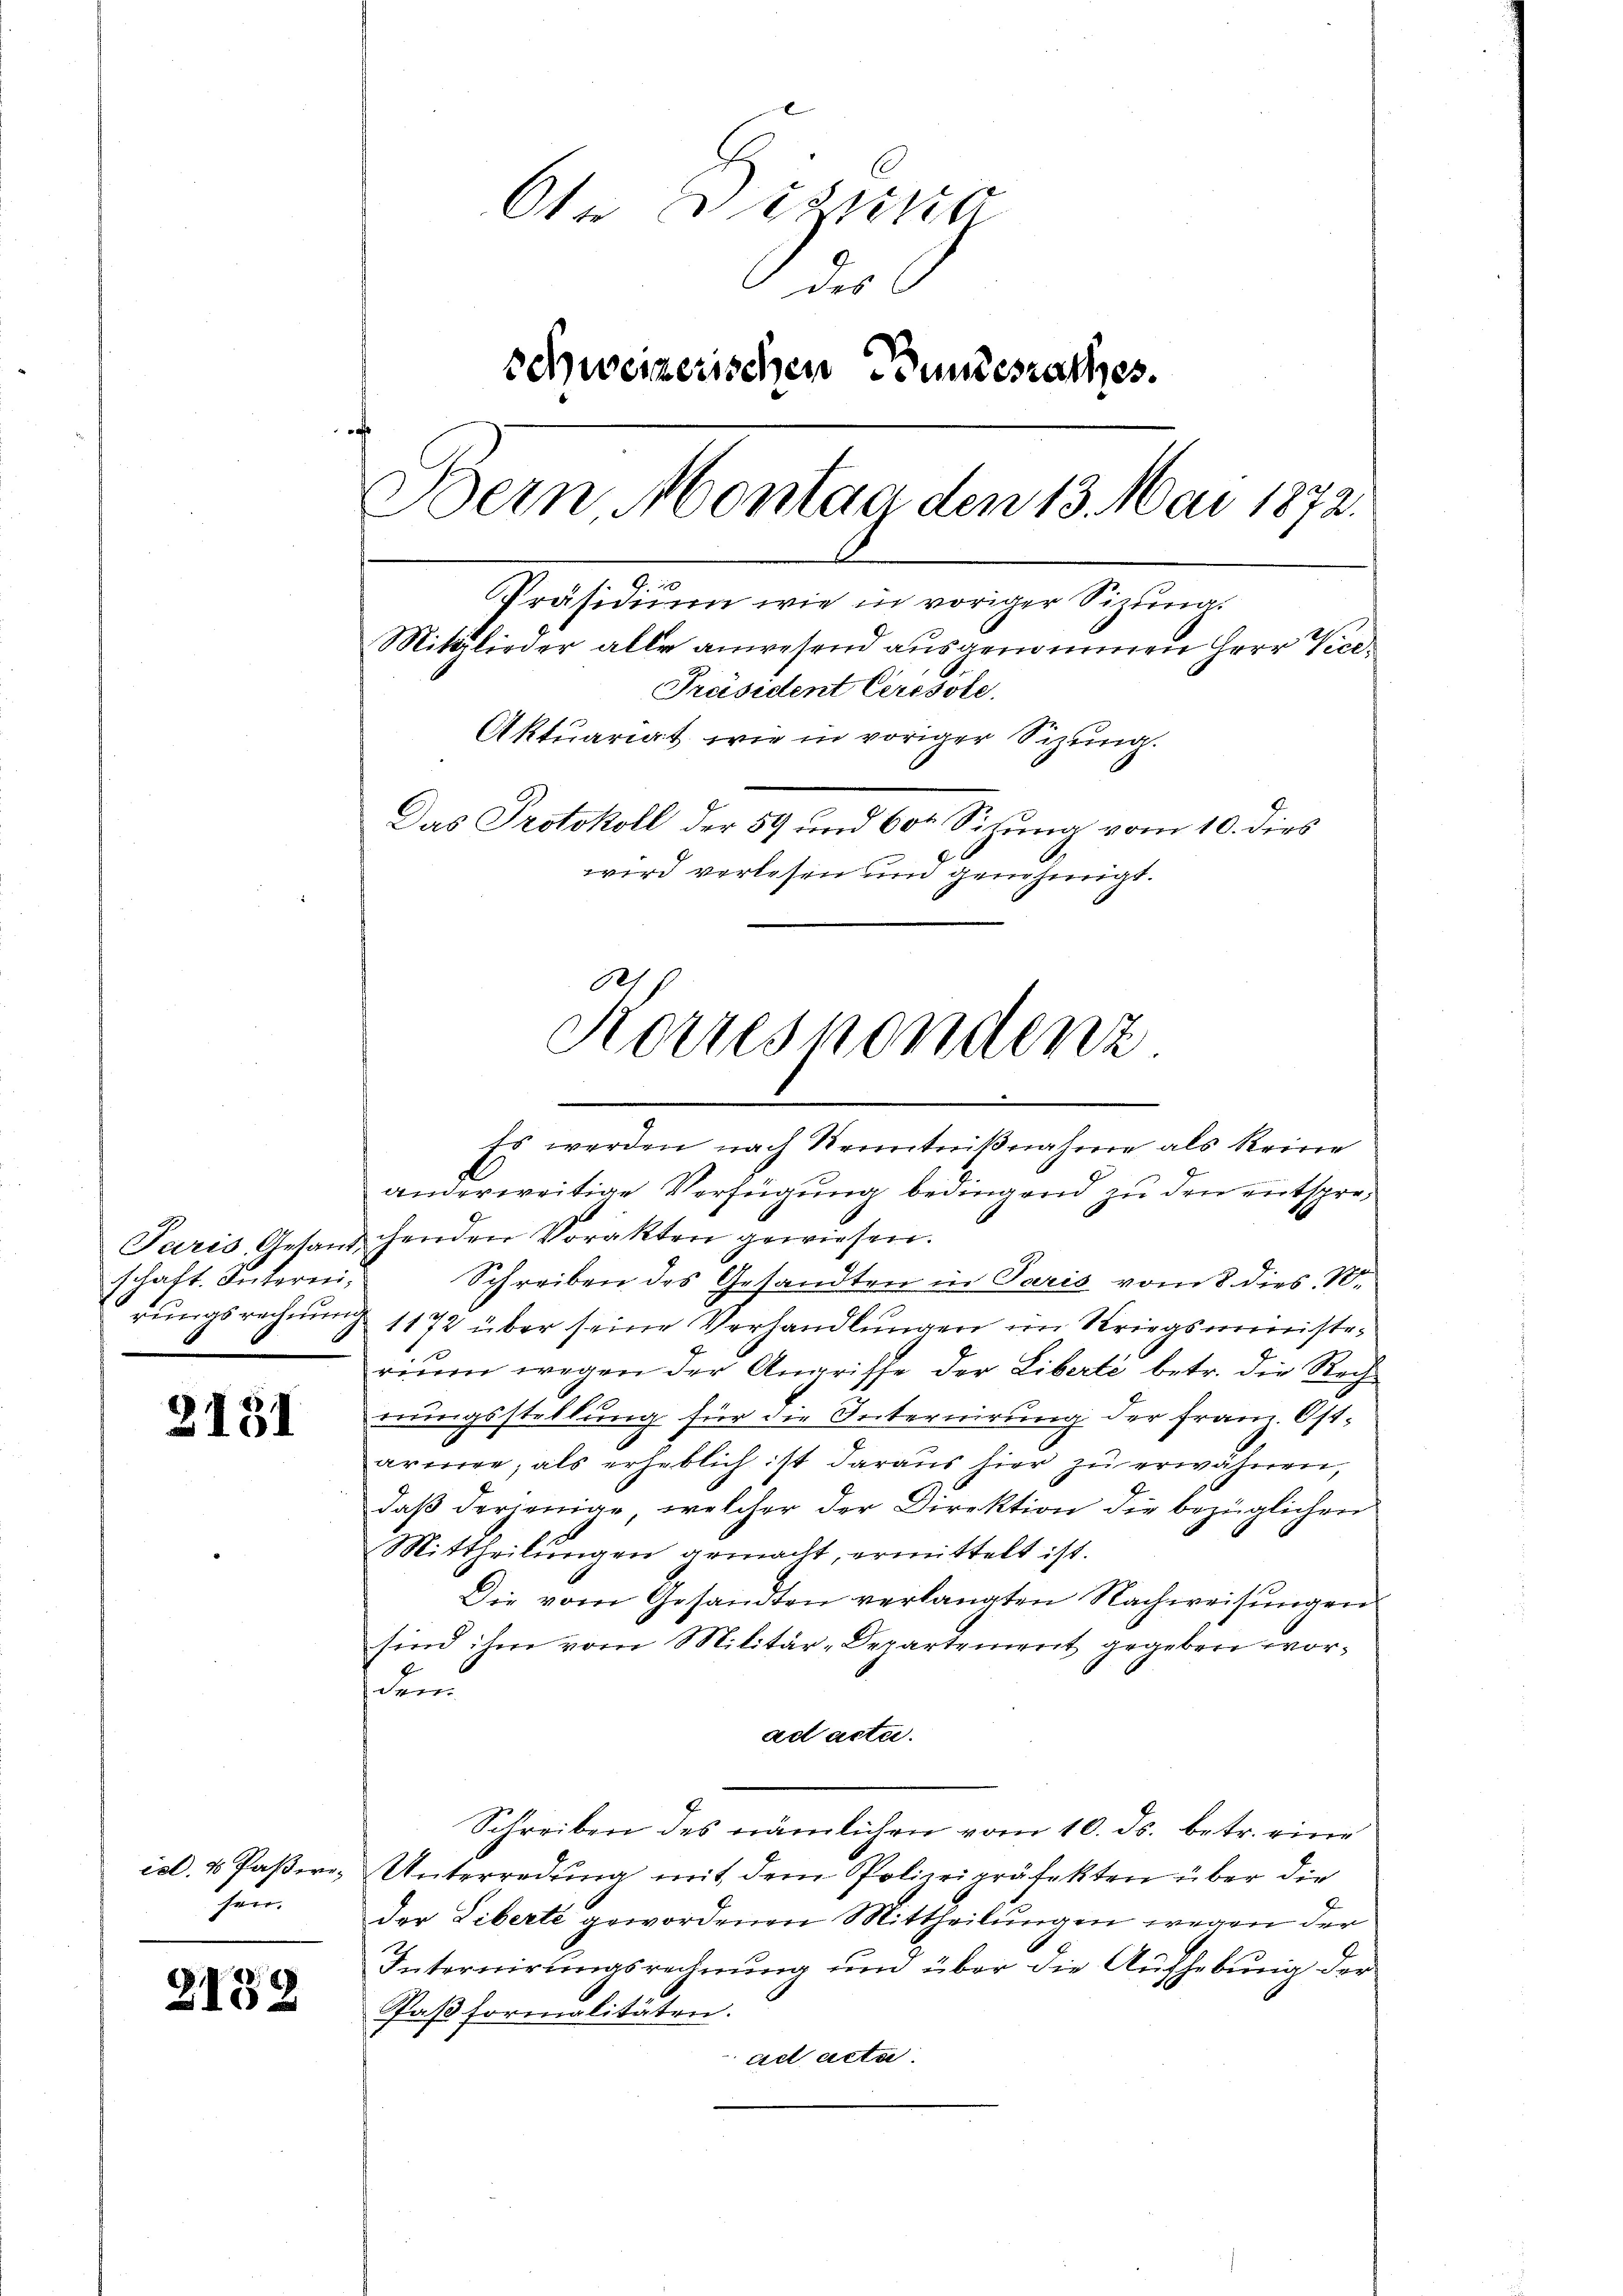
schaft. Interni¬

2131

hen

2132

Ote Distra
1 des
schweizerischen Bundesrathes.
f
Bein Montag den 13. Mai 1872.
Präsidium wie in voriger Sizina
Mitglieder alle anwesend ausgenommen Herr Vice¬
Präsident Ceresste.
Aktuariat, wie in voriger Sizung.
Das Protokoll der 59 und 60t Sitzung vom 10. dies
wird verlesen und genehmigt.

Korrespondenz

Es werden nach Kenntnißnahme als Reine
anderweitige Verfügung bedingend zu den entspre¬
Paris, Gesandchenden Vorakten gewiesen.
Schreiben des Gesandten in Paris vom 8. dies N.
rungsrechnung 1172 über seine Verhandlungen im Kriegsministrriŭm wegen der Angriffe der Liberté betr. die Rech
erungsstellung für die Internirung der Franz. Ost-
armen, als erheblich ist daraus hier zŭ erwähnen,
daβ derjenige, welcher der Direktion die bezüglichen
Mittheilungen gemacht, ermittelt ist.
Die vom Gesandten verlangten Nachweisungen
sind ihm vom Militär-Departement gegeben worden
ad acta.
Schreiben des nämlichen vom 10. ds. betr. eine
isl. 4 Paßiri, Unterredung mit dem Polizeipräfekten über die
der Liberte gewordenen Mittheilungen wegen der
Internirungsrechnung und über die Aufhebung der
Paß formalitäten.
ad acta.